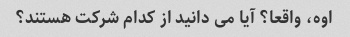
اوه، واقعا؟ آیا می دانید از کدام شرکت هستند؟